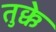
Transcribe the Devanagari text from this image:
तुक्के